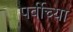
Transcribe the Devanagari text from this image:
पर्वीच्या